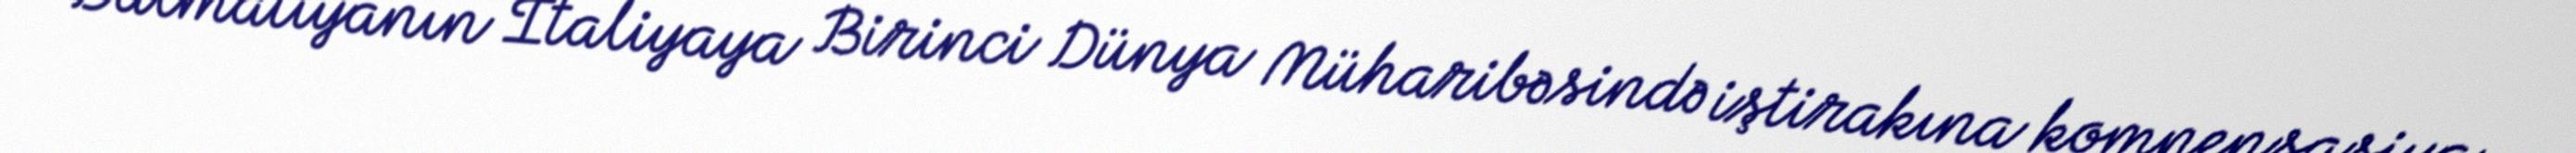
Dalmatiyanın İtaliyaya Birinci Dünya Müharibəsində iştirakına kompensasiya